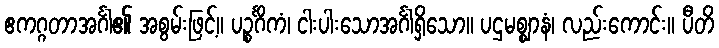
ဧကဂ္ဂတာအင်္ဂါ၏ အစွမ်းဖြင့်။ ပဉ္စင်္ဂိကံ၊ ငါးပါးသောအင်္ဂါရှိသော။ ပဌမစ္ဈာနံ၊ လည်းကောင်း။ ပီတိ